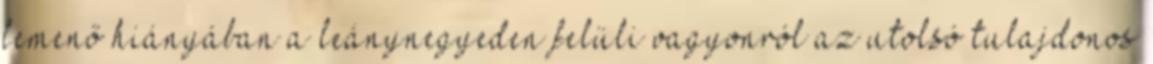
lemenő hiányában a leánynegyeden felüli vagyonról az utolsó tulajdonos